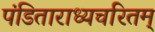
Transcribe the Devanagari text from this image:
पंडिताराध्यचरितम्